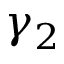
\gamma _ { 2 }